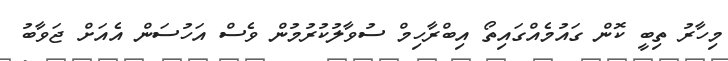
މިހާރު ތިބީ ކޮން ގައުމެއްގައިތޯ އިބްރާހިމް ސުވާލުކުރުމުން ވެސް އަހުސަން އެއަށް ޖަވާބު